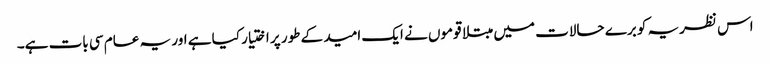
اس نظریہ کو برے حالات میں مبتلا قوموں نے ایک امید کے طور پر اختیار کیا ہے اور یہ عام سی بات ہے۔